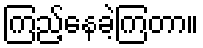
ကြည့်နေခဲ့ကြတာ။